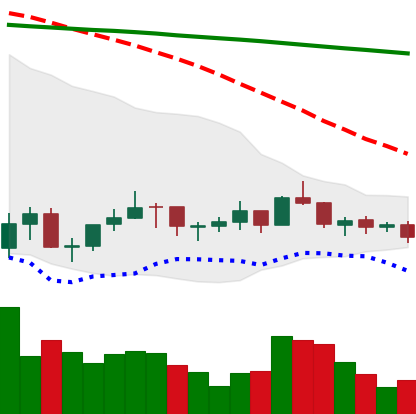
Ticker: LINK-USD
Chart end date: 2021-07-12
Forward return: -12.48%
Label: down_7plus